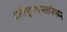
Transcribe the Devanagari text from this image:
इतिवृत्तान्तांवरून